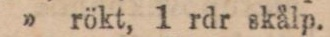
” rökt, 1 rdr skålp.